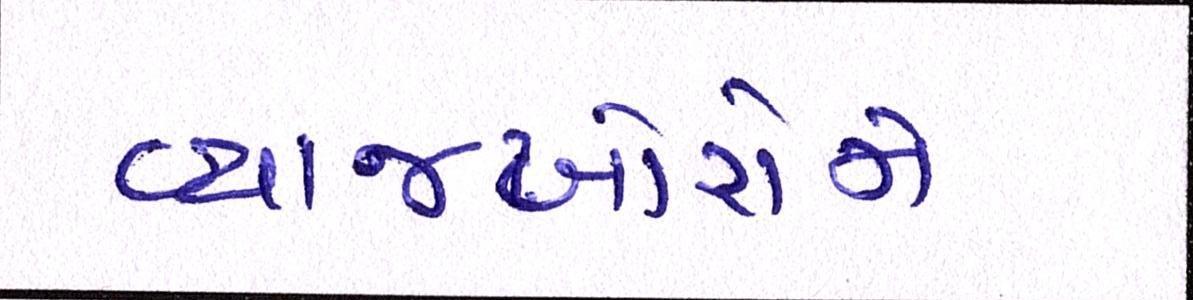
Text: વ્યાજખોરોને